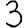
Digit: 3